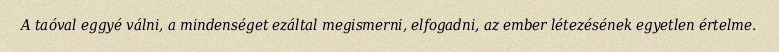
A taóval eggyé válni, a mindenséget ezáltal megismerni, elfogadni, az ember létezésének egyetlen értelme.